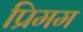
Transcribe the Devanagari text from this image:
प्रिमम